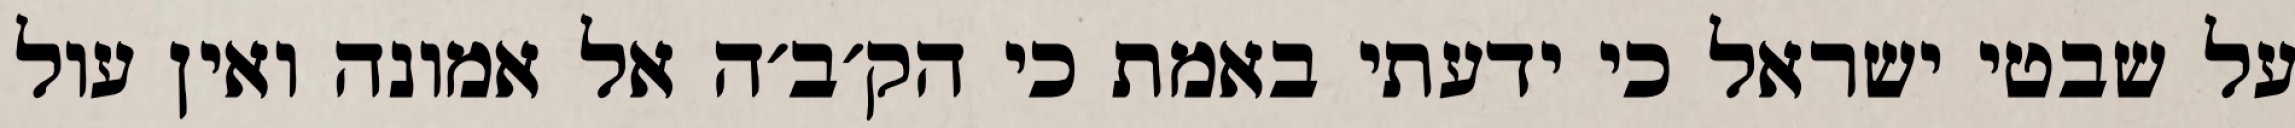
על שבטי ישראל כי ידעתי באמת כי הק׳ב׳ה אל אמונה ואין עול